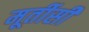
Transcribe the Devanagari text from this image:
मूर्तीसी